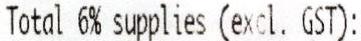
TOTAL 6% SUPPLIES (EXCL. GST):